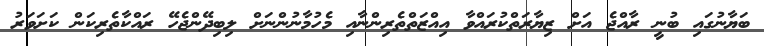
ބަޔާނުގައި ބުނީ ރާއްޖެ އަށް ޒިޔާރަތްކުރައްވާ އިއްޒަތްތެރިންނާއި މެހުމާނުންނަށް ލިބިދޭންޖެހޭ ރައްކާތެރިކަން ކަށަވަރު